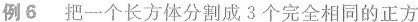
例6把一个长方体分割成3个完全相同的正方